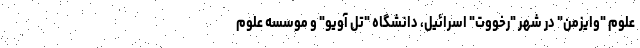
علوم "وایزمن" در شهر "رخووت" اسرائیل، دانشگاه "تل آویو" و موسسه علوم